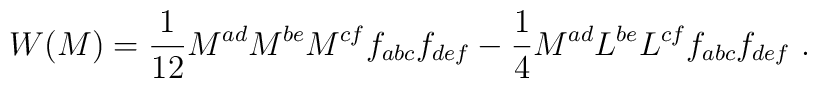
W(M)=\frac{1}{12} M^{ad}M^{be} M^{cf} f_{abc} f_{def}- \frac{1}{4} M^{ad} L^{be}L^{cf} f_{abc}f_{def}\ .